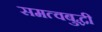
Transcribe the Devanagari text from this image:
समत्वबुद्धी